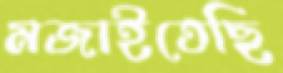
মজাইতেছি